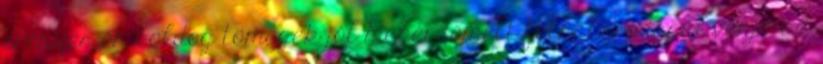
erényes és boldog tömegek jól megérdemelt fölháborodását vonja az